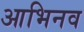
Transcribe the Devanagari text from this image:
आभिनव